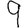
Digit: 9